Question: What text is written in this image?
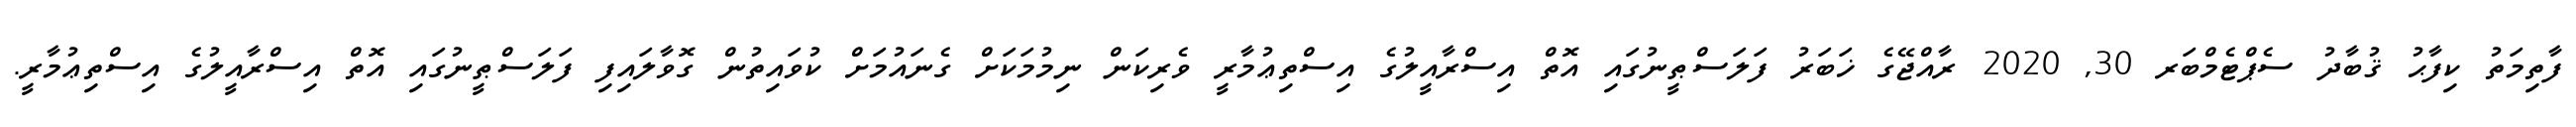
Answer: ފާތިމަތު ކިފާޙު ޤުބާދު ސެޕްޓެމްބަރ 30, 2020 ރާއްޖޭގެ ޚަބަރު ފަލަސްޠީނުގައި އޮތް އިސްރާއީލުގެ އިސްތިޢުމާރީ ވެރިކަން ނިމުމަކަށް ގެނައުމަށް ކުވައިތުން ގޮވާލައިފި ފަލަސްޠީނުގައި އޮތް އިސްރާއީލުގެ އިސްތިޢުމާރީ.